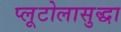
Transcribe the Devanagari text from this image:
प्लूटोलासुद्धा